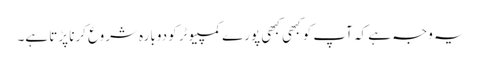
یہ وجہ ہے کہ آپ کو کبھی کبھی پورے کمپیوٹر کو دوبارہ شروع کرنا پڑتا ہے۔